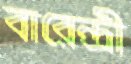
বারেন্দ্রী